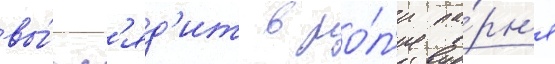
вы́гл'яд'ит в ро́л'и па́рн'я